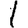
Digit: 1